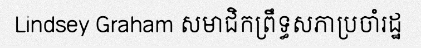
Lindsey Graham សមាជិកព្រឹទ្ធសភាប្រចាំរដ្ឋ